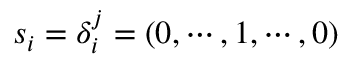
{ \boldsymbol { s } _ { i } } = \delta _ { i } ^ { j } = ( 0 , \cdots , 1 , \cdots , 0 )